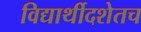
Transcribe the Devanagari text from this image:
विद्यार्थीदशेतच